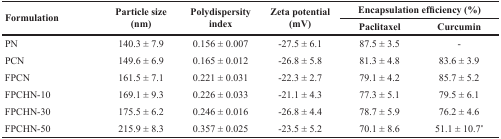
| <ROWSPAN=2> Formulation | <ROWSPAN=2> Particle size (nm) | <ROWSPAN=2> Polydispersity index | <ROWSPAN=2> Zeta potential (mV) | <COLSPAN=2> Encapsulation efficiency (%) |
 | Paclitaxel | Curcumin |
 | --- | --- | --- | --- | --- | --- |
 | PN | 140.3 ± 7.9 | 0.156 ± 0.007 | −27.5 ± 6.1 | 87.5 ± 3.5 | - |
 | PCN | 149.6 ± 6.9 | 0.165 ± 0.012 | −26.8 ± 5.8 | 81.3 ± 4.8 | 83.6 ± 3.9 |
 | FPCN | 161.5 ± 7.1 | 0.221 ± 0.031 | −22.3 ± 2.7 | 79.1 ± 4.2 | 85.7 ± 5.2 |
 | FPCHN-10 | 169.1 ± 9.3 | 0.226 ± 0.033 | −21.1 ± 4.3 | 77.3 ± 5.1 | 79.5 ± 6.1 |
 | FPCHN-30 | 175.5 ± 6.2 | 0.246 ± 0.016 | −26.8 ± 4.4 | 78.7 ± 5.9 | 76.2 ± 4.6 |
 | FPCHN-50 | 215.9 ± 8.3 | 0.357 ± 0.025 | −23.5 ± 5.2 | 70.1 ± 8.6 | 51.1 ± 10.7* |